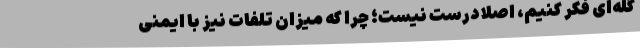
گله‌ای فکر کنیم، اصلا درست نیست؛ چرا که میزان تلفات نیز با ایمنی